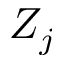
Z _ { j }